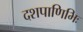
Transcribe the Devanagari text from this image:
दशपाणिभिः